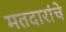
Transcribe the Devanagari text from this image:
मतदारांचे